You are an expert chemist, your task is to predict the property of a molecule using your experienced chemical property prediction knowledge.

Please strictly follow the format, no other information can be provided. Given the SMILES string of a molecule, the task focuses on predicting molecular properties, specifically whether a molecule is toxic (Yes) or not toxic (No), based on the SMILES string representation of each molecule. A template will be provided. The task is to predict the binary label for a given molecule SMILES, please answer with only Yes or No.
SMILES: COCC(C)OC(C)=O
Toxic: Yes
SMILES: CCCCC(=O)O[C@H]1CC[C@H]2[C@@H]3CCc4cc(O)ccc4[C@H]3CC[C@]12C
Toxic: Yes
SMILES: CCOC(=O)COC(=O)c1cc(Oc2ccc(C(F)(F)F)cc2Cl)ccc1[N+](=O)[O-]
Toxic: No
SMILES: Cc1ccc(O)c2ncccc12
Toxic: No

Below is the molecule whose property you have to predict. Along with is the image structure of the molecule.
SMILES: C[C@H](CCC(=O)O)[C@H]1CC[C@H]2[C@@H]3CC[C@@H]4C[C@H](O)CC[C@]4(C)[C@H]3CC[C@@]21C
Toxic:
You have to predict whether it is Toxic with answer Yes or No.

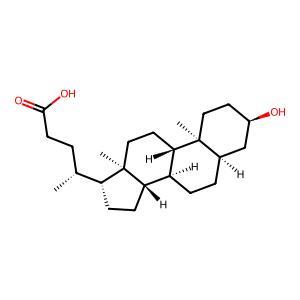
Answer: No